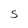
Character: S